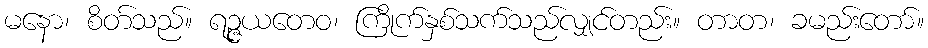
မနော၊ စိတ်သည်။ ရဉ္ဇယတေဝ၊ ကြိုက်နှစ်သက်သည်လျှင်တည်း။ တာတ၊ ခမည်းတော်။